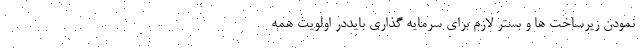
نمودن زیرساخت ها و بستر لازم برای سرمایه گذاری بایددر اولویت همه